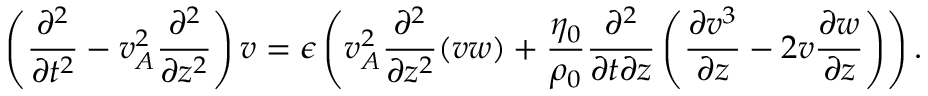
\left( \frac { \partial ^ { 2 } } { \partial t ^ { 2 } } - v _ { A } ^ { 2 } \frac { \partial ^ { 2 } } { \partial z ^ { 2 } } \right) v = \epsilon \left( v _ { A } ^ { 2 } \frac { \partial ^ { 2 } } { \partial z ^ { 2 } } ( v w ) + \frac { \eta _ { 0 } } { \rho _ { 0 } } \frac { \partial ^ { 2 } } { \partial t \partial z } \left( \frac { \partial v ^ { 3 } } { \partial z } - 2 v \frac { \partial w } { \partial z } \right) \right) .